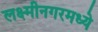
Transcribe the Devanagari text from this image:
लक्ष्मीनगरमध्ये